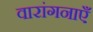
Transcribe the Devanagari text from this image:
वारांगनाएँ